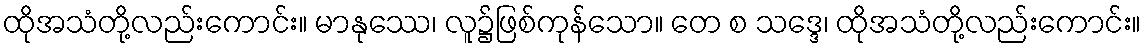
ထိုအသံတို့လည်းကောင်း။ မာနုဿေ၊ လူ၌ဖြစ်ကုန်သော။ တေ စ သဒ္ဒေ၊ ထိုအသံတို့လည်းကောင်း။